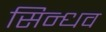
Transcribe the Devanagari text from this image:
सिन्धव